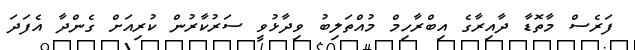
ފަރެސް މާތޮޑާ ދާއިރާގެ އިބްރާހިމް މުއްތަލިބު ވިދާޅުވީ ސަރުކާރުން ކުރިއަށް ގެންދާ އެފަދަ